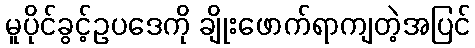
မူပိုင်ခွင့်ဥပဒေကို ချိုးဖောက်ရာကျတဲ့အပြင်